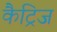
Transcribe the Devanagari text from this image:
कैट्रिज